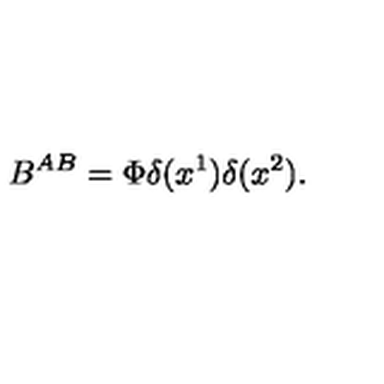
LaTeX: B ^ { A B } = \Phi \delta ( x ^ { 1 } ) \delta ( x ^ { 2 } ) .